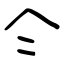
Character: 仒